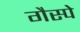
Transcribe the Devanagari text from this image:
गैस्पे